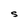
Character: S